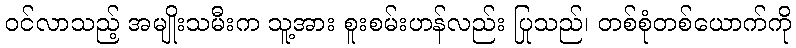
ဝင်လာသည့် အမျိုးသမီးက သူ့အား စူးစမ်းဟန်လည်း ပြုသည်၊ တစ်စုံတစ်ယောက်ကို